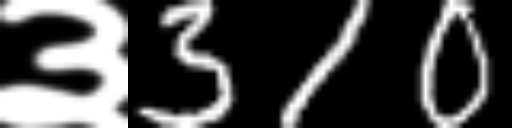
Text: ३310